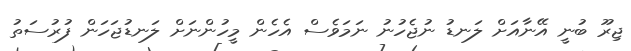
ޖިރޫ ބުނީ އޭނާއަށް ލަނޑު ނުޖެހުނު ނަމަވެސް އެހެން މީހުންނަށް ލަނޑުޖަހަން ފުރުސަތު